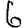
Digit: 6